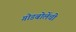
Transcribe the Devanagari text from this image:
गोडबोलेंची